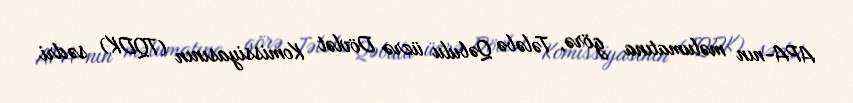
APA-nın məlumatına görə, Tələbə Qəbulu üzrə Dövlət Komissiyasının (TQDK) sədri